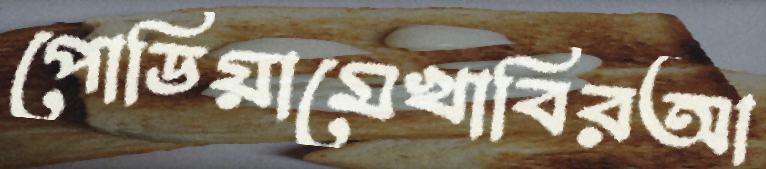
পোডিয়ামেখাবিরআ